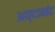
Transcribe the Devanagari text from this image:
अव्दानंद